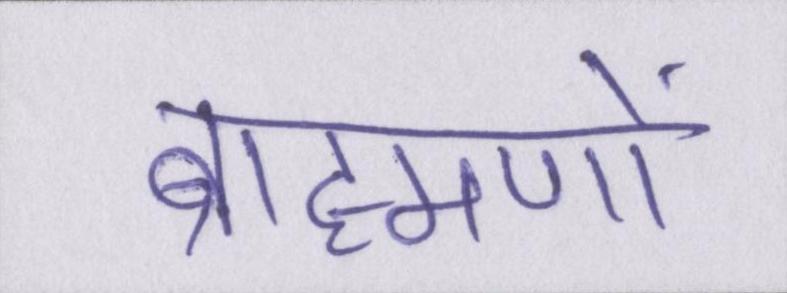
ब्राह्मणों